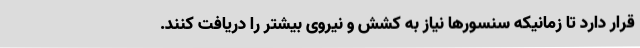
قرار دارد تا زمانیکه سنسورها نیاز به کشش و نیروی بیشتر را دریافت کنند.